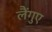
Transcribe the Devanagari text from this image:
लैंगुए